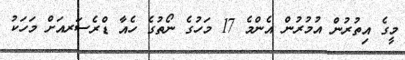
މީގެ އިތުރުން އުމުރުން އެންމެ 17 މަހުގެ ނޯތުގެ ހެއާ ޑްރެސަރއަށް މަހަކު